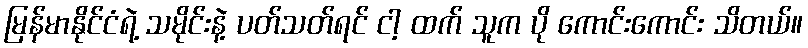
မြန်မာနိုင်ငံရဲ့ သမိုင်းနဲ့ ပတ်သတ်ရင် ငါ့ ထက် သူက ပို ကောင်းကောင်း သိတယ်။